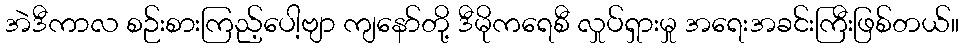
အဲဒီကာလ စဉ်းစားကြည့်ပေါ့ဗျာ ကျနော်တို့ ဒီမိုကရေစီ လှုပ်ရှားမှု အရေးအခင်းကြီးဖြစ်တယ်။